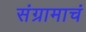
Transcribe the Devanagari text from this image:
संग्रामाचं